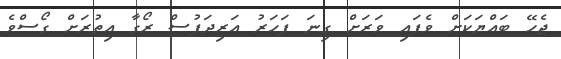
ޖެހޭ ބައްޔަކަށް ވެފައި ވަރަށް ގިނަ ފަހަރު އަރިދަފުސް ރޯގާ އިތުރަށް ގޯސްވެ